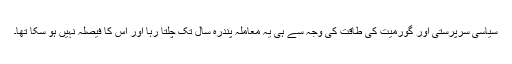
سیاسی سرپرستی اور گورمیت کی طاقت کی وجہ سے ہی یہ معاملہ پندرہ سال تک چلتا رہا اور اس کا فیصلہ نہیں ہو سکا تھا۔